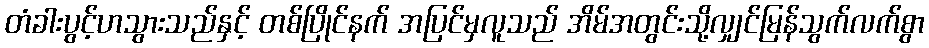
တံခါးပွင့်ဟသွားသည်နှင့် တစ်ပြိုင်နက် အပြင်မှလူသည် အိမ်အတွင်းသို့လျှင်မြန်သွက်လက်စွာ